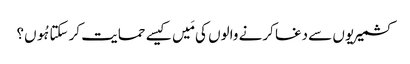
کشمیریوں سے دغا کرنے والوں کی مَیں کیسے حمایت کر سکتا ہُوں؟